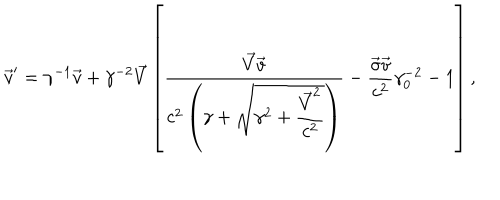
{ \vec { v } } ^ { \prime } = \gamma ^ { - 1 } \vec { v } + \gamma ^ { - 2 } \vec { V } \left[ \displaystyle \frac { \vec { V } \vec { v } } { c ^ { 2 } \left( \gamma + \sqrt { \gamma ^ { 2 } + \displaystyle \frac { \vec { V } ^ { 2 } } { c ^ { 2 } } } \right) } - \frac { \vec { \sigma } \vec { v } } { c ^ { 2 } } \gamma _ { 0 } ^ { - 2 } - 1 \right] ,